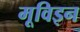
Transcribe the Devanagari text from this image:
मूविइन